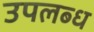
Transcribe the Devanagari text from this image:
उपलब्‍ध्‍ा